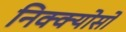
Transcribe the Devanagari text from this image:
निक्क्योसो